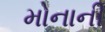
મોનાની